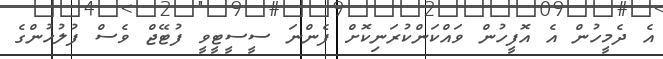
އެ ދެމީހުން އެ އޮފީހުން ވައްކަންކުރަނިކޮށް ފެންނަ ސީސީޓީވީ ފުޓޭޖް ވެސް ފުލުހުންގެ